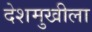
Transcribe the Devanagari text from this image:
देशमुखीला